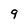
Character: 9